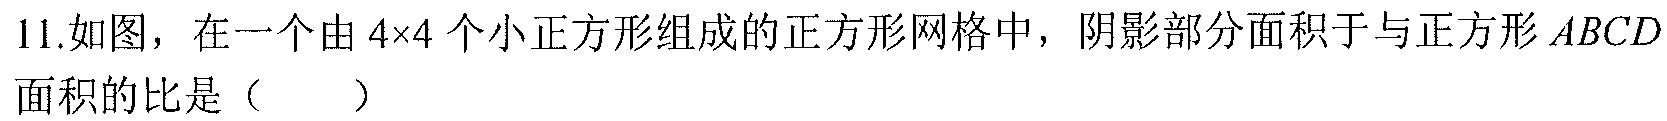
11.如图，在一个由 \(4\times4\) 个小正方形组成的正方形网格中，阴影部分面积于与正方形 \(ABCD\) 面积的比是（  ）